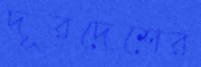
দূরদেশের